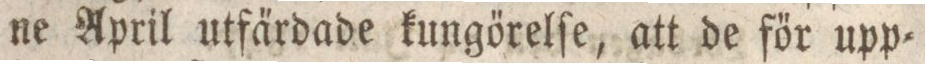
ne April utfa̋rdade kungőrelſe, att de főr upp=